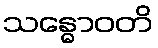
သန္ဓောဝတိ